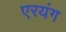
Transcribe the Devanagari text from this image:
एरयंग